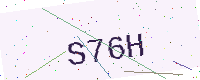
Text: S76H